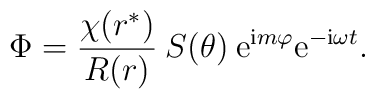
\Phi = \frac{\chi(r^*)}{R(r)} \: S(\theta) \: \mbox{e}^{\mbox{\scriptsize i} m \varphi} \mbox{e}^{- \mbox{\scriptsize i} \omega t} .